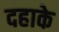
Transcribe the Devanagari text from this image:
दहाके